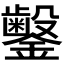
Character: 𬬜